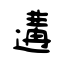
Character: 遘